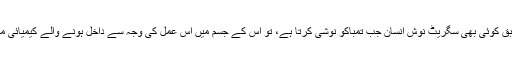
ان دونوں تنظیموں کے اعداد و شمار کے مطابق کوئی بھی سگریٹ نوش انسان جب تمباکو نوشی کرتا ہے، تو اس کے جسم میں اس عمل کی وجہ سے داخل ہونے والے کیمیائی مادوں کی تعداد قریب سات ہزار تک ہوتی ہے۔